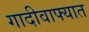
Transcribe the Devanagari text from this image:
गादीवाफ्यात